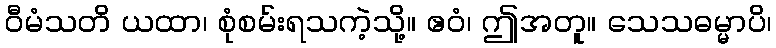
ဝီမံသတိ ယထာ၊ စုံစမ်းရသကဲ့သို့။ ဧဝံ၊ ဤအတူ။ သေသဓမ္မာပိ၊